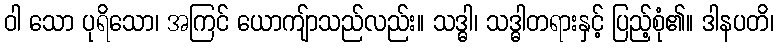
ဝါ သော ပုရိသော၊ အကြင် ယောကျ်ာသည်လည်း။ သဒ္ဓါ၊ သဒ္ဓါတရားနှင့် ပြည့်စုံ၏။ ဒါနပတိ၊